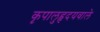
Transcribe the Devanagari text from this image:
कृपालुहृदयवाले